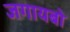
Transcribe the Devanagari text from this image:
जगायबो